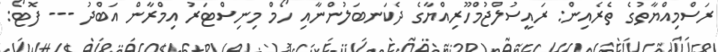
ރަސްމިއްޔާތުގެ ތެރެއިން: ރައީސުލްޖުމްހޫރިއްޔާގެ ދެކަނބަލުންނާއި ހޯމް މިނިސްޓަރު އިމްރާން އަބްދު --- ފޮޓޯ: